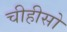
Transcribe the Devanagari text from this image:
चीहीसो